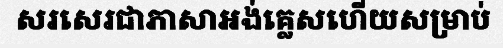
សរសេរជាភាសាអង់គ្លេសហើយសម្រាប់